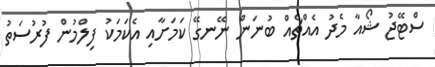
ސްޓޭޖު ޝޯއާ މެދު އެއްޗެއް ބުނަން ނޭނގޭ ކަމަށާއި އެކަމަކު ފިލްމުން ފުރުސަތު